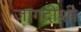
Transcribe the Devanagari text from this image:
जागदीशी